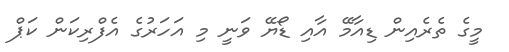
މީގެ ތެރެއިން ޑިއާމޭ އާއި ޑޯޔޭ ވަނީ މި އަހަރުގެ އެފްރިކަން ކަޕް